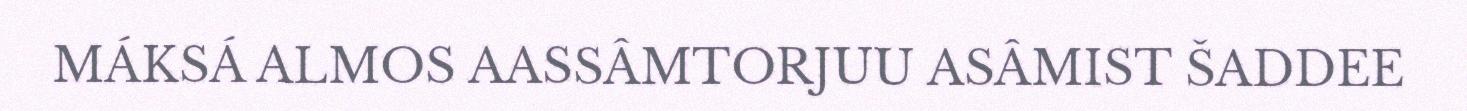
MÁKSÁ ALMOS AASSÂMTORJUU ASÂMIST ŠADDEE